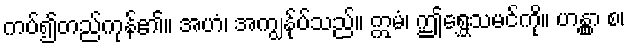
ကပ်၍တည်ကုန်၏။ အဟံ၊ အကျွန်ုပ်သည်။ ဣမံ၊ ဤရွှေသမင်ကို။ ဟန္တွာ စ၊